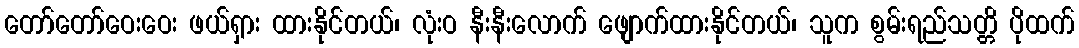
တော်တော်ဝေးဝေး ဖယ်ရှား ထားနိုင်တယ်၊ လုံးဝ နီးနီးလောက် ဖျောက်ထားနိုင်တယ်၊ သူက စွမ်းရည်သတ္တိ ပိုထက်